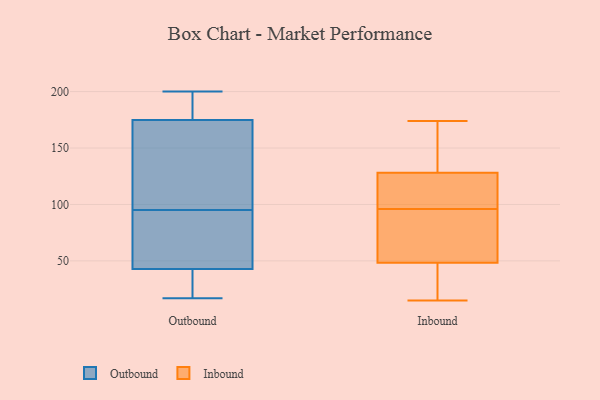
{"axis": {"x": "Operating Costs (USD K)", "y": "Value"}, "legend": ["Inbound", "Outbound"], "data": [{"x": "", "y": 193, "type": "Outbound"}, {"x": "", "y": 17, "type": "Outbound"}, {"x": "", "y": 45, "type": "Outbound"}, {"x": "", "y": 95, "type": "Outbound"}, {"x": "", "y": 42, "type": "Outbound"}, {"x": "", "y": 113, "type": "Outbound"}, {"x": "", "y": 184, "type": "Outbound"}, {"x": "", "y": 147, "type": "Outbound"}, {"x": "", "y": 200, "type": "Outbound"}, {"x": "", "y": 62, "type": "Outbound"}, {"x": "", "y": 24, "type": "Outbound"}, {"x": "", "y": 43, "type": "Inbound"}, {"x": "", "y": 143, "type": "Inbound"}, {"x": "", "y": 124, "type": "Inbound"}, {"x": "", "y": 15, "type": "Inbound"}, {"x": "", "y": 94, "type": "Inbound"}, {"x": "", "y": 91, "type": "Inbound"}, {"x": "", "y": 115, "type": "Inbound"}, {"x": "", "y": 32, "type": "Inbound"}, {"x": "", "y": 140, "type": "Inbound"}, {"x": "", "y": 96, "type": "Inbound"}, {"x": "", "y": 111, "type": "Inbound"}, {"x": "", "y": 50, "type": "Inbound"}, {"x": "", "y": 174, "type": "Inbound"}]}